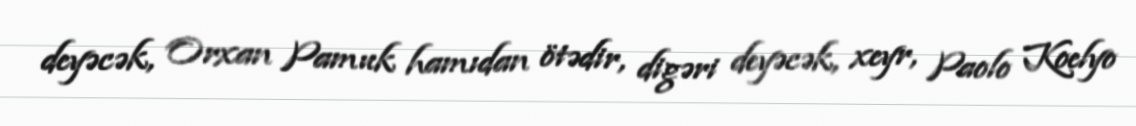
deyəcək, Orxan Pamuk hamıdan ötədir, digəri deyəcək, xeyr, Paolo Koelyo